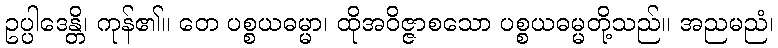
ဥပ္ပါဒေန္တိ၊ ကုန်၏။ တေ ပစ္စယဓမ္မာ၊ ထိုအဝိဇ္ဇာစသော ပစ္စယဓမ္မတို့သည်။ အညမညံ၊